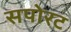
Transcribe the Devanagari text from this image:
सपोरट